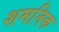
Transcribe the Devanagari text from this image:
शमनिक